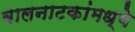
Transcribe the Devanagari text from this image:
बालनाटकांमध्ये